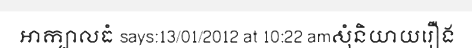
អាក្បាលធំ says:13/01/2012 at 10:22 amសុំនិយាយរឿង